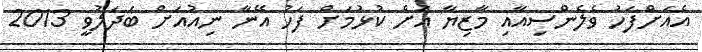
އެއަށްފަހު ވެލެންސިއާއި މާޒިޔާ އަށް ކުޅުމަށް ފަހު އޭނާ ނިއުއަށް ބަދަލުވީ 2013